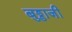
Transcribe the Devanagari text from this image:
बुड्डाजी